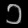
Digit: ၁